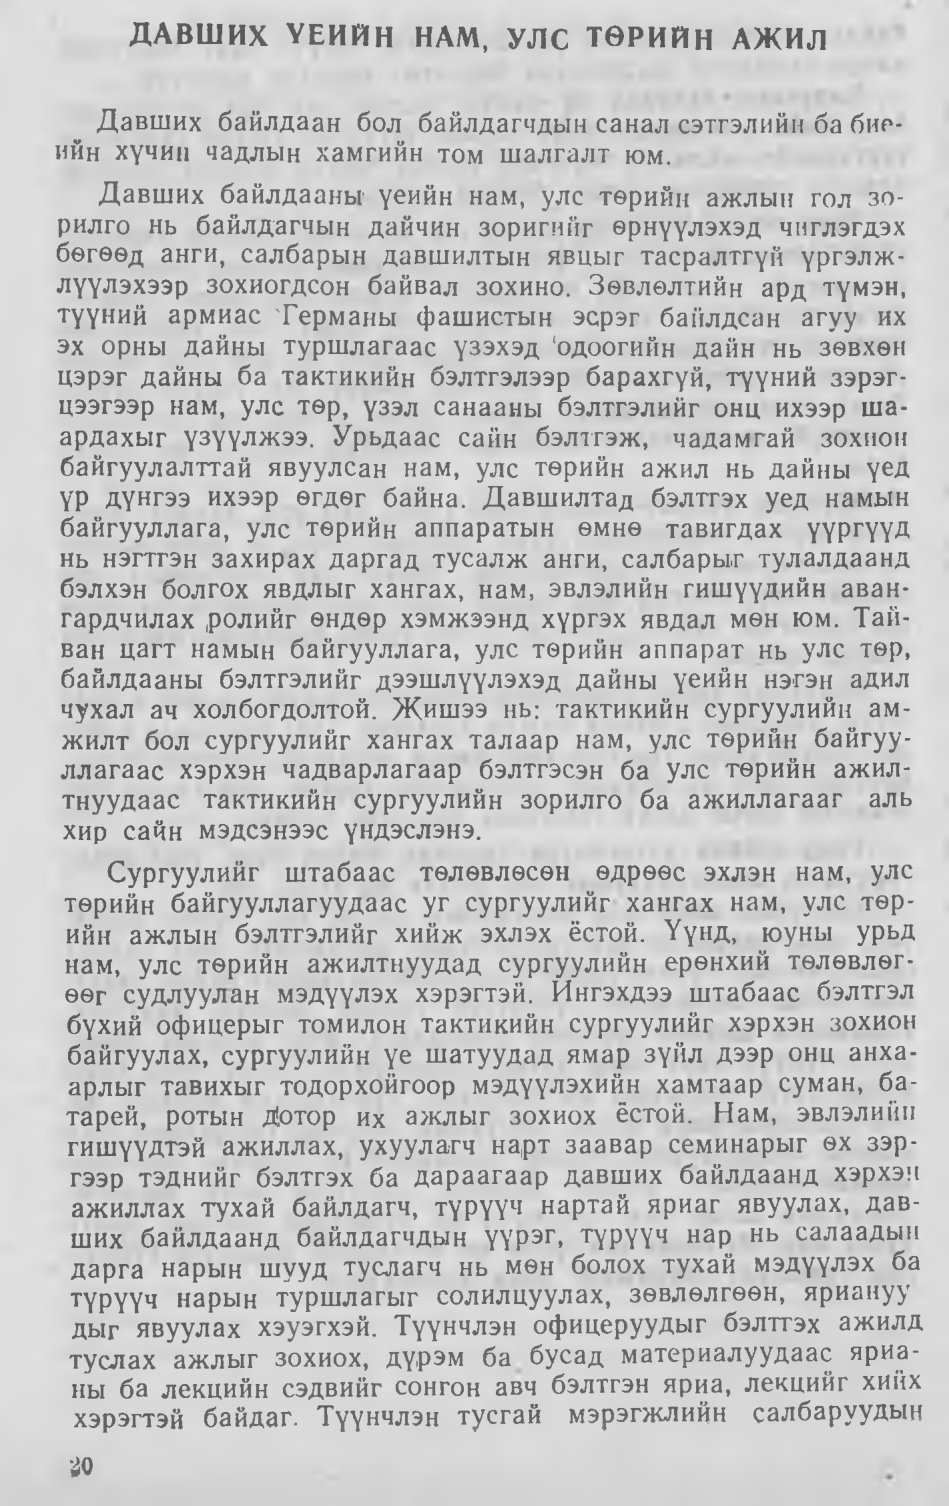
Language: mn